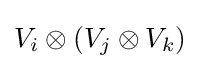
V_{i}\otimes (V_{j}\otimes V_{k})